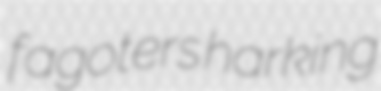
fagoters harking